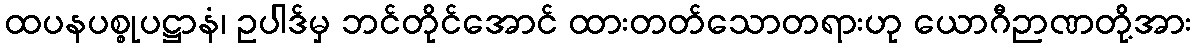
ထပနပစ္စုပဋ္ဌာနံ၊ ဥပါဒ်မှ ဘင်တိုင်အောင် ထားတတ်သောတရားဟု ယောဂီဉာဏတို့အား